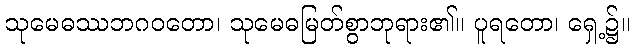
သုမေဓဿဘဂဝတော၊ သုမေဓမြတ်စွာဘုရား၏။ ပူရတော၊ ရှေ့၌။